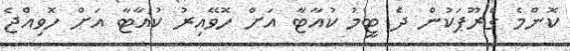
ކޮންމެ ގްރޫޕަކުން ދެ ޓީމު ކުއާޓާ އަށް ހޮވޭއިރު ކުއާޓާ އަށް ހޮވިއްޖެ